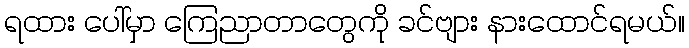
ရထား ပေါ်မှာ ကြေညာတာတွေကို ခင်ဗျား နားထောင်ရမယ်။